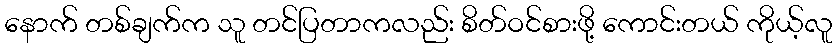
နောက် တစ်ချက်က သူ တင်ပြတာကလည်း စိတ်ဝင်စားဖို့ ကောင်းတယ် ကိုယ့်လူ